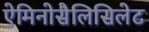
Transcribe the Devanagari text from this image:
ऐमिनोसैलिसिलेट